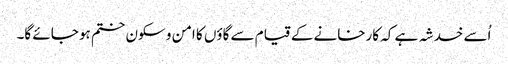
اُسے خدشہ ہے کہ کارخانے کے قیام سے گاؤں کا امن و سکون ختم ہو جائے گا۔